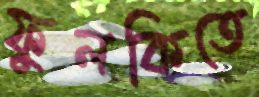
ফুলকিতে